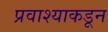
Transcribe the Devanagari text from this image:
प्रवाश्याकडून